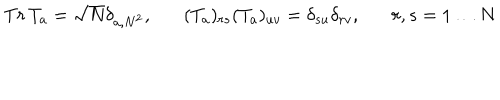
T r \, T _ { a } = \sqrt N \delta _ { a , N ^ { 2 } } , ( T _ { a } ) _ { r s } ( T _ { a } ) _ { u v } = \delta _ { s u } \delta _ { r v } , r , s = 1 \ldots N